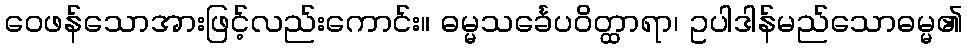
ဝေဖန်သောအားဖြင့်လည်းကောင်း။ ဓမ္မသင်္ခေပဝိတ္ထာရာ၊ ဥပါဒါန်မည်သောဓမ္မ၏